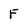
Character: F